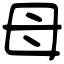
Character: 母